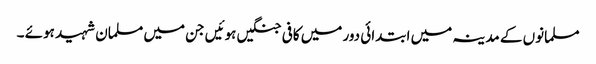
مسلمانوں کے مدینہ میں ابتدائی دور میں کافی جنگیں ہوئیں جن میں مسلمان شہید ہوئے ۔